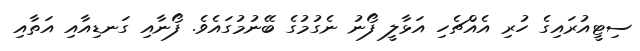
ސިޓީއުރައިގެ ހުރި އެއްޗެހި އަޅާލީ ފޯނު ނެގުމުގެ ބޭނުމުގައެވެ. ފޯނާއި ގަނޑިއާއި އަތާއި